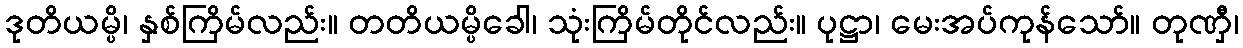
ဒုတိယမ္ပိ၊ နှစ်ကြိမ်လည်း။ တတိယမ္ပိခေါ၊ သုံးကြိမ်တိုင်လည်း။ ပုဋ္ဌာ၊ မေးအပ်ကုန်သော်။ တုဏှီ၊